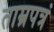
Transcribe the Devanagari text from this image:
ताम्रपत्रं